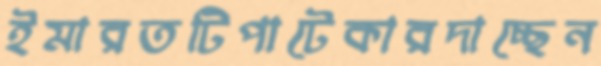
ইমারতটিপাটেকারদাচ্ছেন